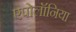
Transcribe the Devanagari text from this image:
एपोलॉनिया